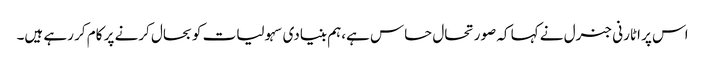
اس پر اٹارنی جنرل نے کہا کہ صورتحال حساس ہے،ہم بنیادی سہولیات کو بحال کرنے پر کام کر رہے ہیں۔